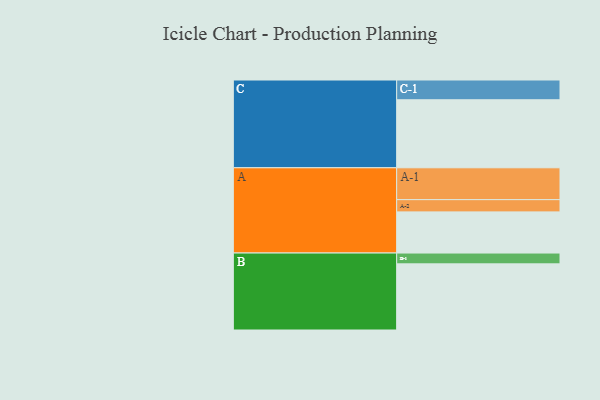
{"axis": {"x": "Segment", "y": "Value"}, "legend": ["", "A", "B", "C"], "data": [{"x": "A", "y": 323, "type": ""}, {"x": "B", "y": 519, "type": ""}, {"x": "C", "y": 534, "type": ""}, {"x": "A-1", "y": 250, "type": "A"}, {"x": "A-2", "y": 96, "type": "A"}, {"x": "B-1", "y": 85, "type": "B"}, {"x": "C-1", "y": 155, "type": "C"}]}